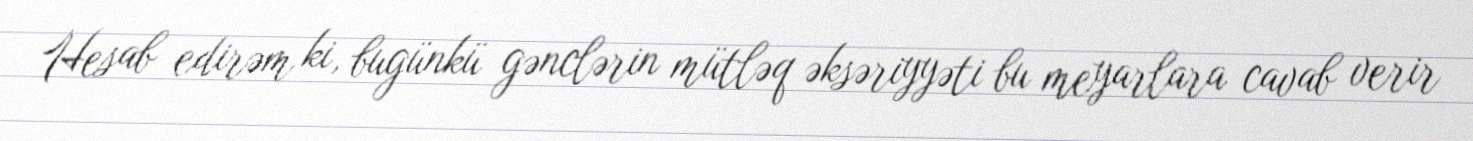
Hesab edirəm ki, bugünkü gənclərin mütləq əksəriyyəti bu meyarlara cavab verir